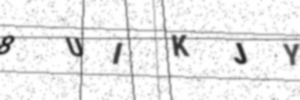
Text: 8UIKJY